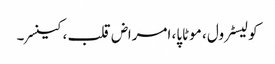
کولیسٹرول ، موٹاپا، امراض قلب ، کینسر ۔